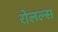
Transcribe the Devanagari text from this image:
रोलल्स